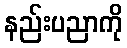
နည်းပညာကို